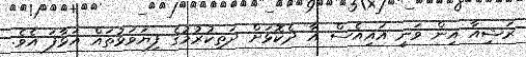
ރަޝިއާ އިން ވަނީ އައިއެސް އާ ދެކޮޅަށް ދަތިކުރުމުގެ ފިޔަވަޅުތައް އަޅާފަ އެވެ.